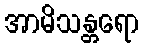
အာမိသန္တရော